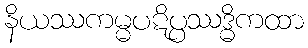
နိယဿကမ္မပဋိပ္ပဿဒ္ဓိကထာ